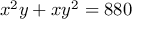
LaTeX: x ^ { 2 } y + x y ^ { 2 } = 8 8 0